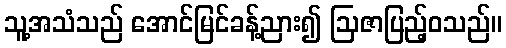
သူ့အသံသည် အောင်မြင်ခန့်ညား၍ ဩဇာပြည့်ဝသည်။